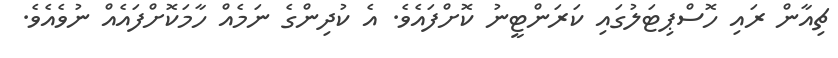
ޗިއާން ރައި ހޮސްޕިޓަލުގައި ކަރަންޓީނު ކޮށްފައެވެ. އެ ކުދިންގެ ނަމެއް ހާމަކޮށްފައެއް ނުވެއެވެ.